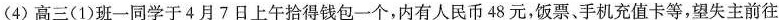
（4）高三（1）班一同学于4月7日上午拾得钱包一个，内有人民币48元，饭票、手机充值卡等，望失主前往